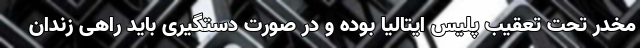
مخدر تحت تعقیب پلیس ایتالیا بوده و در صورت دستگیری باید راهی زندان